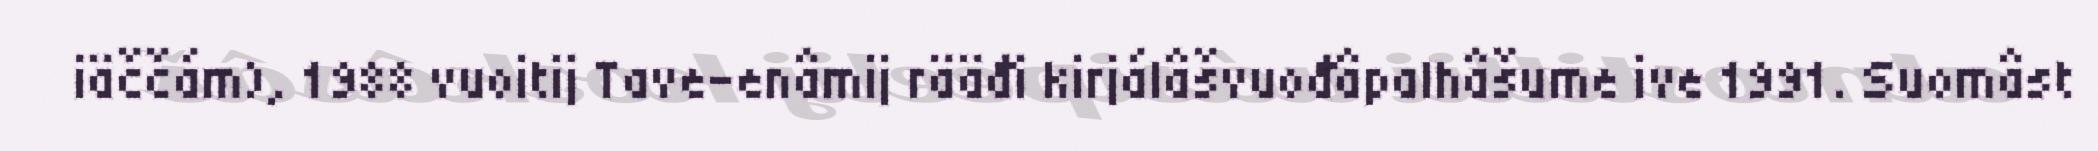
iäččám), 1988 vuoitij Tave-enâmij rääđi kirjálâšvuođâpalhâšume ive 1991. Suomâst